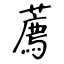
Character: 薦